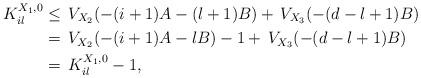
LaTeX: \begin{align*}\,K_{il}^{X_1,0}&\leq \,V_{X_2}(-(i+1)A-(l+1)B)+\,V_{X_3}(-(d-l+1)B) \\&=\,V_{X_2}(-(i+1)A-lB)-1+\,V_{X_3}(-(d-l+1)B) \\&=\,K_{il}^{X_1,0}-1, \end{align*}